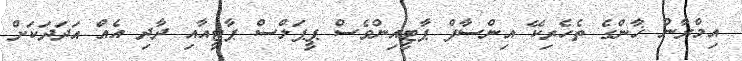
އިމްރާން ޚާންގެ ތެހެރިކޭ އިންސާފް ޕާޓީއިންވެސް ޕީޕަލްސް ޕާޓީއާއި ދާދި އެއް އަދަދަކަށް